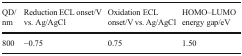
| QD/nm | Reduction ECL onset/V vs. Ag/AgCl | Oxidation ECL onset/V vs. Ag/AgCl | HOMO–LUMO energy gap/eV |
 | --- | --- | --- | --- |
 | 800 | −0.75 | 0.75 | 1.50 |